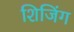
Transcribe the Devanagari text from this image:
शिजिंग